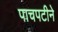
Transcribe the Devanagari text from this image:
पाचपटीने